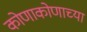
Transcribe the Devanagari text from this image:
कोणाकोणाच्या